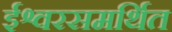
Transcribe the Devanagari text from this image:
ईश्वरसमर्थित